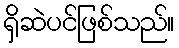
ရှိဆဲပင်ဖြစ်သည်။